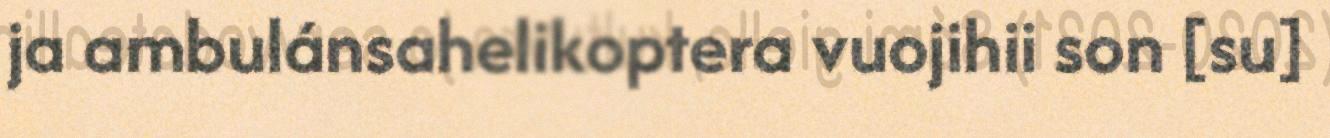
ja ambulánsahelikoptera vuojihii son [su]